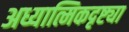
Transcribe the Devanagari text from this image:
अध्यात्मिकदृष्ट्या